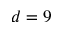
d = 9